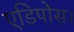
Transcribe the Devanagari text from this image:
एडिपोस।